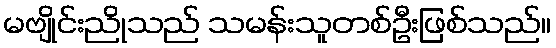
မဗျိုင်းညိုသည် သမန်းသူတစ်ဦးဖြစ်သည်။